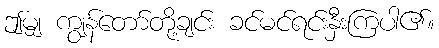
ဤမျှ ကျွန်တော်တို့ချင်း ခင်မင်ရင်းနှီးကြပါ၏။